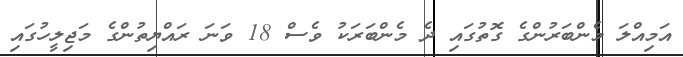
އަމިއްލަ މެންބަރުންގެ ގޮތުގައި ދެ މެންބަރަކު ވެސް 18 ވަނަ ރައްޔިތުންގެ މަޖިލީހުގައި